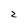
Character: 2